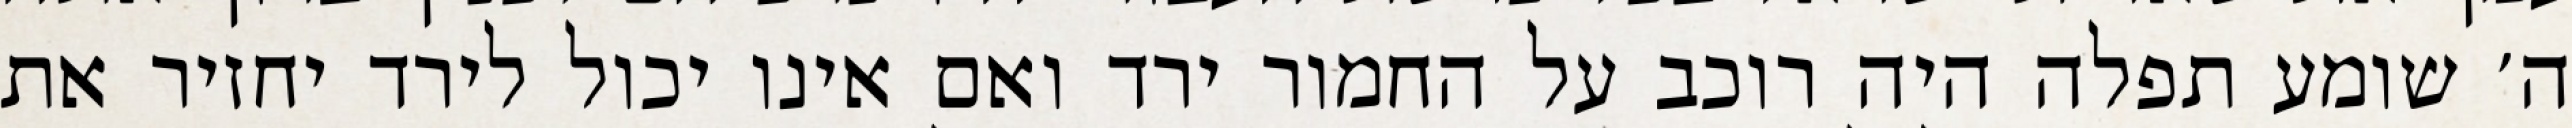
ה׳ שומע תפלה היה רוכב על החמור ירד ואם אינו יכול לירד יחזיר את